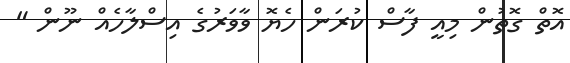
އޮތް ގޮތުން މިއީ ފާސް ކުރަން ހެޔޮ ވާވަރުގެ އިސްލާހެއް ނޫން "